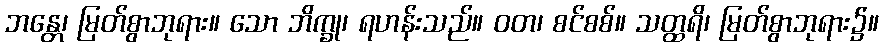
ဘန္တေ၊ မြတ်စွာဘုရား။ သော ဘိက္ခု၊ ရဟန်းသည်။ ဝတ၊ စင်စစ်။ သတ္ထရိ၊ မြတ်စွာဘုရား၌။